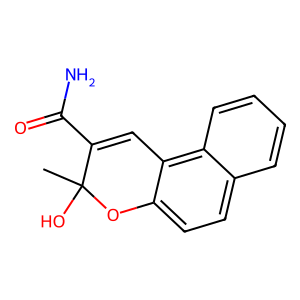
SMILES: CC1(O)Oc2ccc3ccccc3c2C=C1C(N)=O
Inhibits HIV replication: No